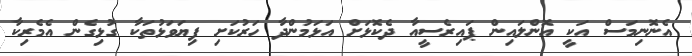
އެނޮނިމަސް އަކީ އޮންލައިން ޕައިރެސީއާ ދެކޮޅަށް އަޅަމުންދާ ހަރުކަށި ފިޔަވަޅުތަކާ ގުޅިގެން އެމެރިކާ